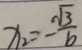
x _ { 2 } = - \frac { \sqrt { 3 } } { b }